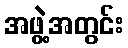
အဖွဲ့အတွင်း